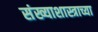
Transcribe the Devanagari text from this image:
संख्याशास्त्राच्या